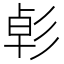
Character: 𢒛